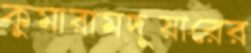
কুমারামদুয়ারের